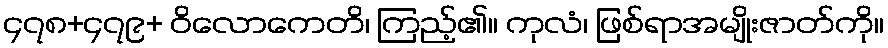
၄၇၈+၄၇၉+ ဝိလောကေတိ၊ ကြည့်၏။ ကုလံ၊ ဖြစ်ရာအမျိုးဇာတ်ကို။